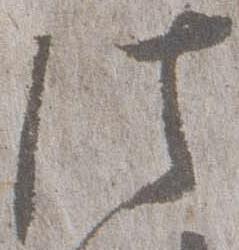
法